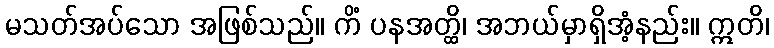
မသတ်အပ်သော အဖြစ်သည်။ ကိံ ပနအတ္ထိ၊ အဘယ်မှာရှိအံ့နည်း။ ဣတိ၊